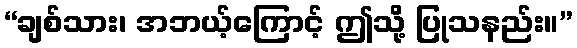
“ချစ်သား၊ အဘယ့်ကြောင့် ဤသို့ ပြုသနည်း။”